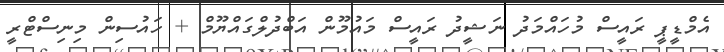
އެމްޑީޕީ ރައީސް މުހައްމަދު ނަޝީދު ރައީސް މައުމޫން އަބްދުލްގައްޔޫމް + ހައުސިން މިނިސްޓްރީ